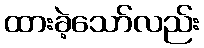
ထားခဲ့သော်လည်း